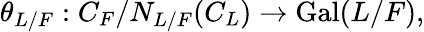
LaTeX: \theta_{L/F}:C_{F}/{N_{L/F}(C_{L})}\to\operatorname{Gal}(L/F),